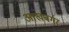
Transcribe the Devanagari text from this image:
आखबर्गर